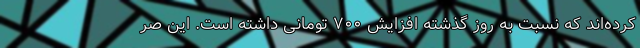
کرده‌اند که نسبت به روز گذشته افزایش ۷۰۰ تومانی داشته است. این صر